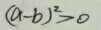
( a - b ) ^ { 2 } > 0